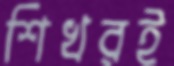
শিখরই